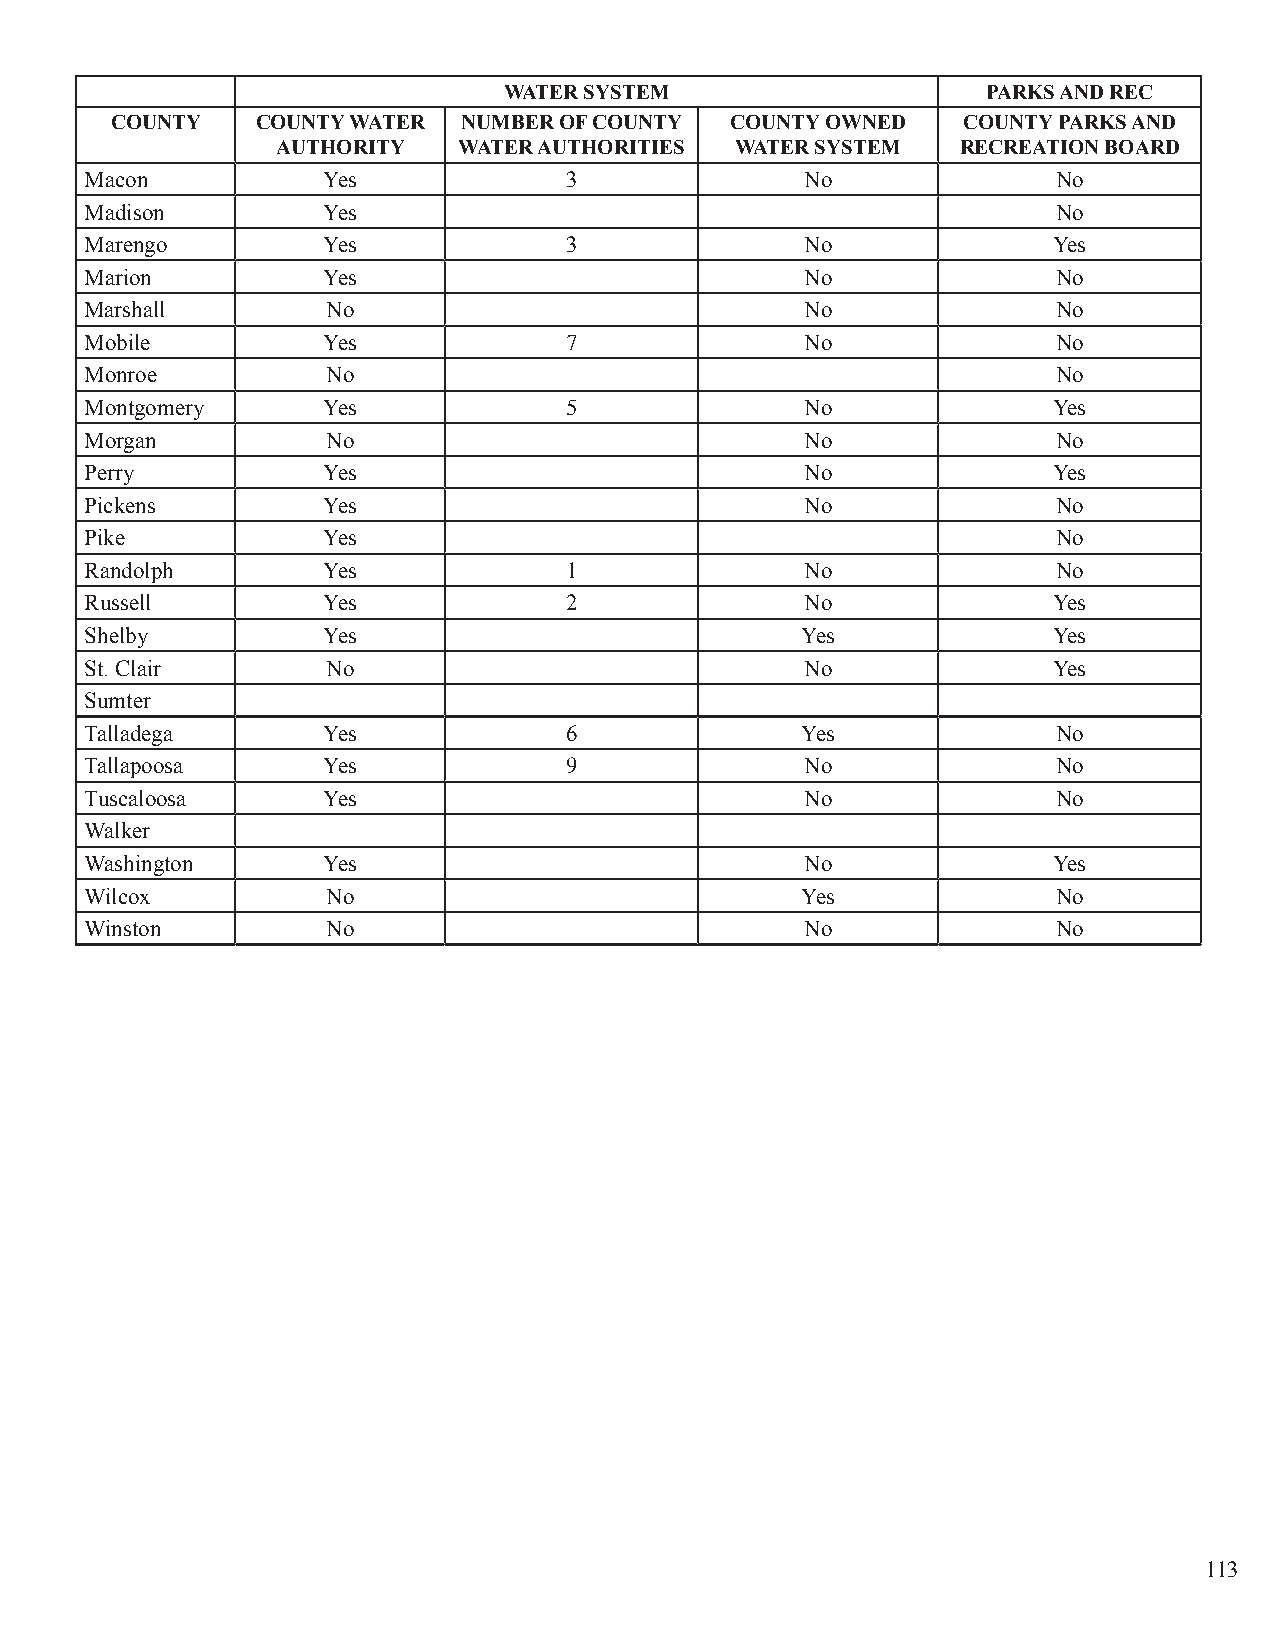
WATER SYSTEM                    PARKS AND REC
 COUNTY    COUNTY WATER  NUMBER OF COUNTY COUNTY OWNED    COUNTY PARKS AND
 AUTHORITY   WATER AUTHORITIES  WATER SYSTEM   RECREATION BOARD
 Macon          Yes             3               No               No
 Madison        Yes                                              No
 Marengo        Yes             3               No               Yes
 Marion         Yes                             No               No
 Marshall        No                             No               No
 Mobile         Yes             7               No               No
 Monroe          No                                              No
 Montgomery     Yes             5               No               Yes
 Morgan          No                             No               No
 Perry          Yes                             No               Yes
 Pickens        Yes                             No               No
 Pike           Yes                                              No
 Randolph       Yes             1               No               No
 Russell        Yes             2               No               Yes
 Shelby         Yes                             Yes              Yes
 St. Clair       No                             No               Yes
 Sumter
 Talladega      Yes             6               Yes              No
 Tallapoosa     Yes             9               No               No
 Tuscaloosa     Yes                             No               No
 Walker
 Washington     Yes                             No               Yes
 Wilcox          No                             Yes              No
 Winston         No                             No               No
 113